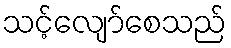
သင့်လျော်စေသည်